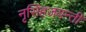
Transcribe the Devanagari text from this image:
नृसिंहजयन्ती